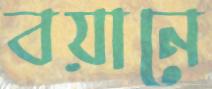
বয়ানে